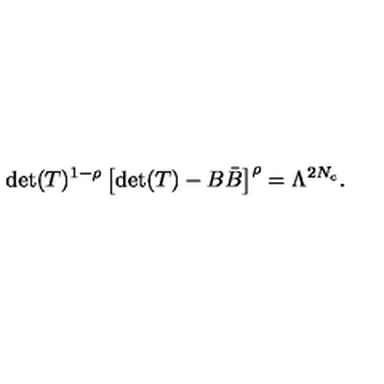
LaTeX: \mathrm { d e t } ( T ) ^ { 1 - \rho } \left[ \mathrm { d e t } ( T ) - B { \bar { B } } \right] ^ { \rho } = \Lambda ^ { 2 N _ { c } } .